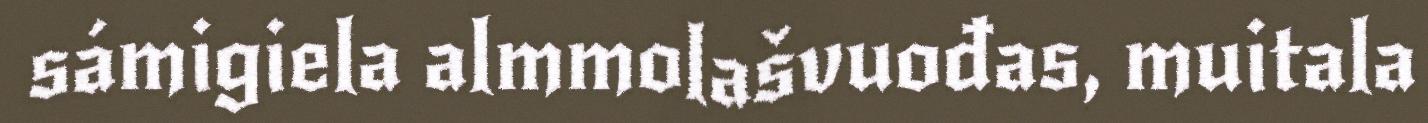
sámigiela almmolašvuođas, muitala